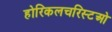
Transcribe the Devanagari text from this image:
होरिकलचरिस्टओ